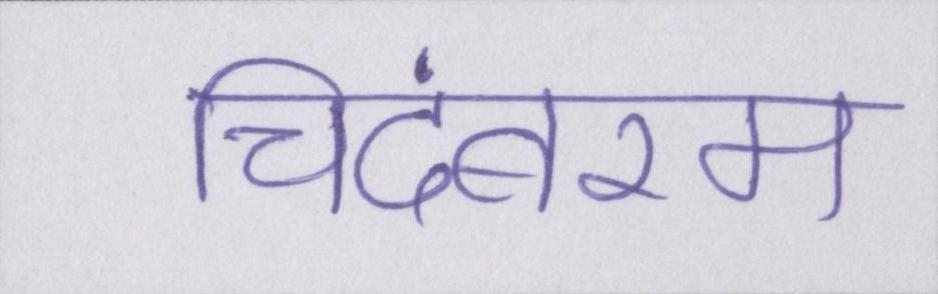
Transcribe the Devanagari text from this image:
चिदंबरम